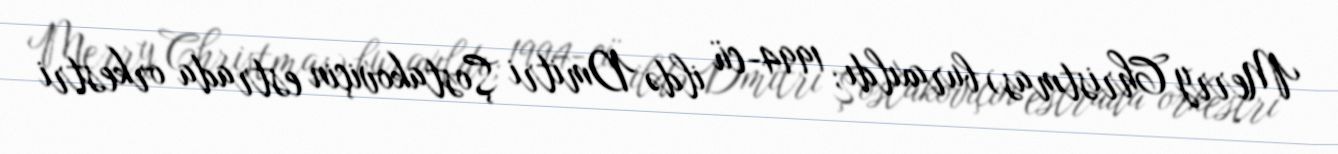
Merry Christmas) buraxıldı; 1994-cü ildə Dmitri Şostakoviçin estrada orkestri